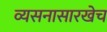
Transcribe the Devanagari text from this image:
व्यसनासारखेच